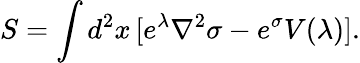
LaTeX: S=\int d^{2}x\, [e^{\lambda}\nabla^{2}\sigma-e^{\sigma}V(\lambda)].